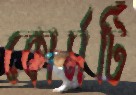
কোর্সটি